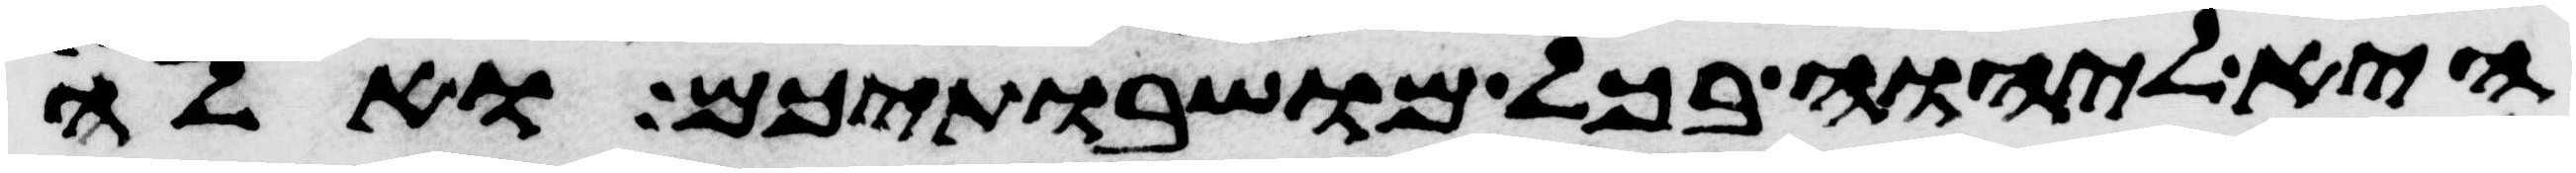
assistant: היא ליהוה בכל מושבתיכם ואלה